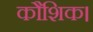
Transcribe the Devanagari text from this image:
कौशिक।